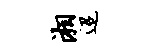
湘迢